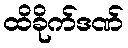
ထိခိုက်ဒဏ်